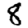
Digit: 8